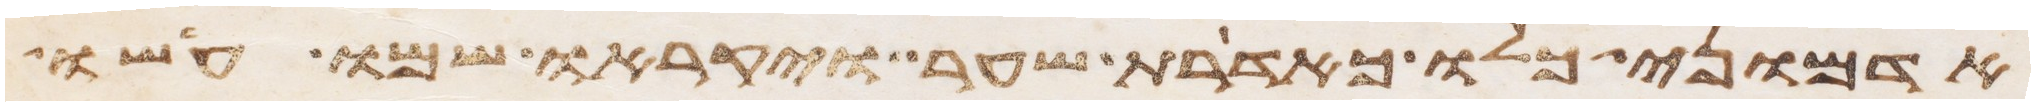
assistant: אדמוני כלו כאדרת שער ויקראו שמו עשו